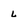
Character: L